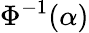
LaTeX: \Phi^{-1}(\alpha)